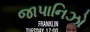
જાપાનિઝો